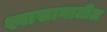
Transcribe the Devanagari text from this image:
श्वासानातील